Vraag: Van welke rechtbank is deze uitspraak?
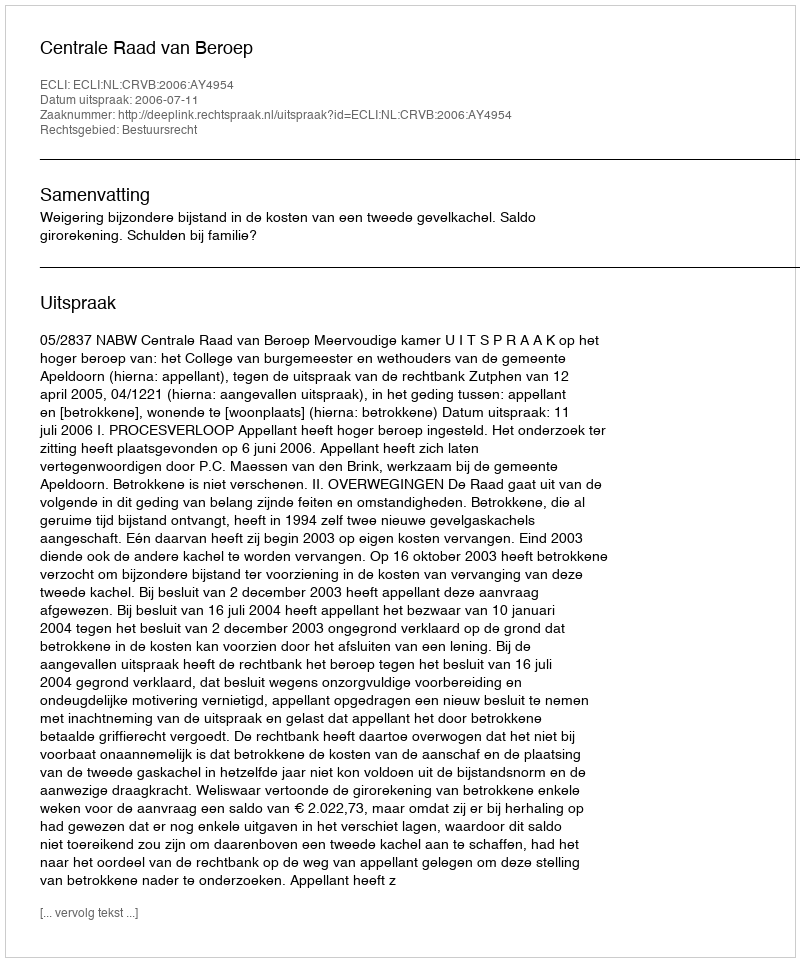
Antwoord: Centrale Raad van Beroep